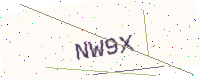
Text: NW9X